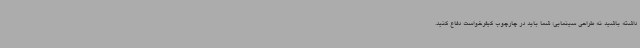
داشته باشید نه طراحی سینمایی؛ شما باید در چارچوب کیفرخواست دفاع کنید.